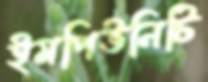
ইমপিউনিটি